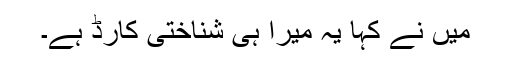
مَیں نے کہا یہ میرا ہی شناختی کارڈ ہے۔